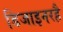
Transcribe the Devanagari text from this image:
डिजाइनरहै